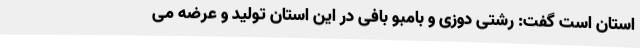
استان است گفت: رشتی دوزی و بامبو بافی در این استان تولید و عرضه می